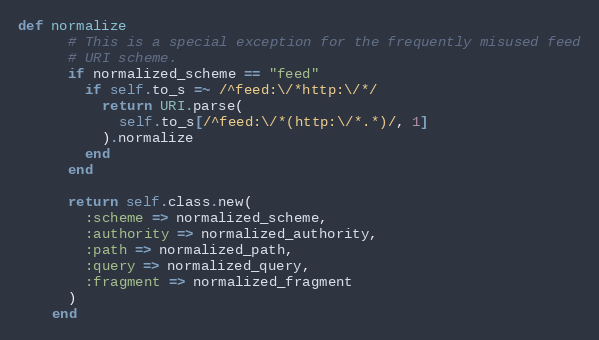
Language: Ruby
def normalize
      # This is a special exception for the frequently misused feed
      # URI scheme.
      if normalized_scheme == "feed"
        if self.to_s =~ /^feed:\/*http:\/*/
          return URI.parse(
            self.to_s[/^feed:\/*(http:\/*.*)/, 1]
          ).normalize
        end
      end

      return self.class.new(
        :scheme => normalized_scheme,
        :authority => normalized_authority,
        :path => normalized_path,
        :query => normalized_query,
        :fragment => normalized_fragment
      )
    end